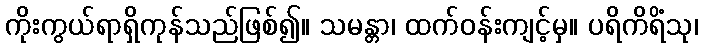
ကိုးကွယ်ရာရှိကုန်သည်ဖြစ်၍။ သမန္တာ၊ ထက်ဝန်းကျင့်မှ။ ပရိကိရိံသု၊